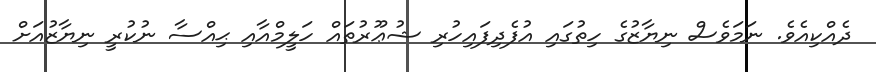
ދެއްކިއެވެ. ނަމަވެސް ނިޔާޒުގެ ހިތުގައި އުފެދިފައިހުރި ޝުޢޫރުތައް ހަލީމްއާއި ޙިއްސާ ނުކުރީ ނިޔާޒުއަށް